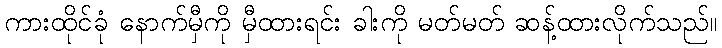
ကားထိုင်ခုံ နောက်မှီကို မှီထားရင်း ခါးကို မတ်မတ် ဆန့်ထားလိုက်သည်။